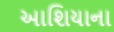
આશિયાના